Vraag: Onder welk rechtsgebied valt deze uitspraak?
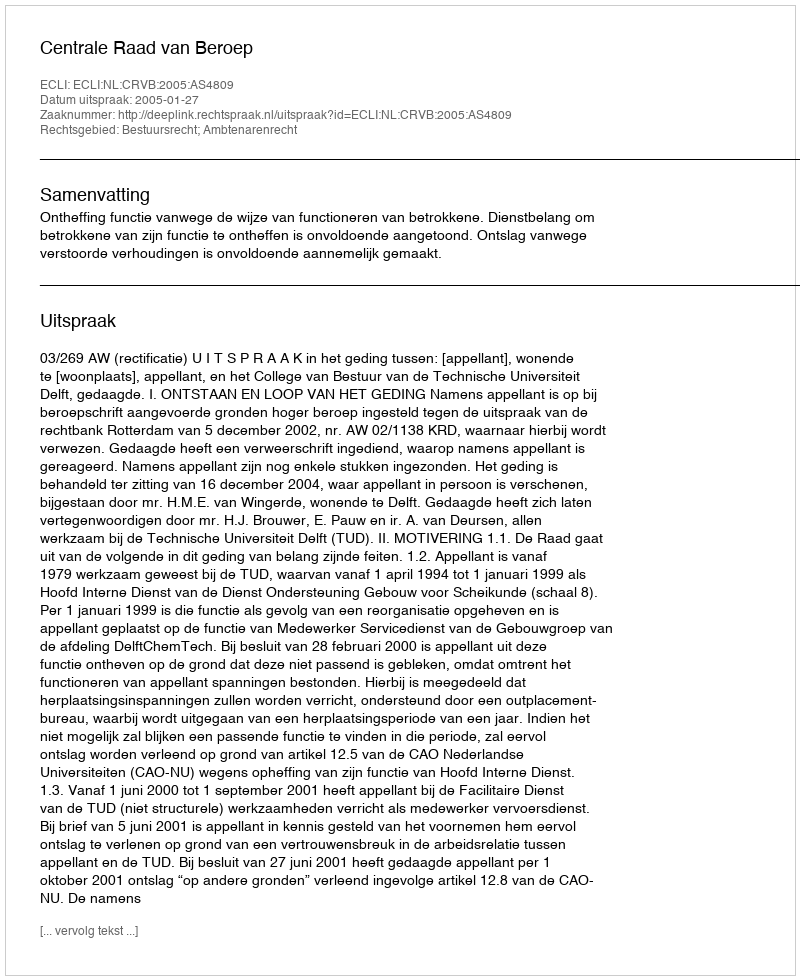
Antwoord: Bestuursrecht; Ambtenarenrecht